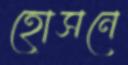
হোসনে